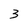
Character: 3